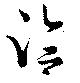
洽